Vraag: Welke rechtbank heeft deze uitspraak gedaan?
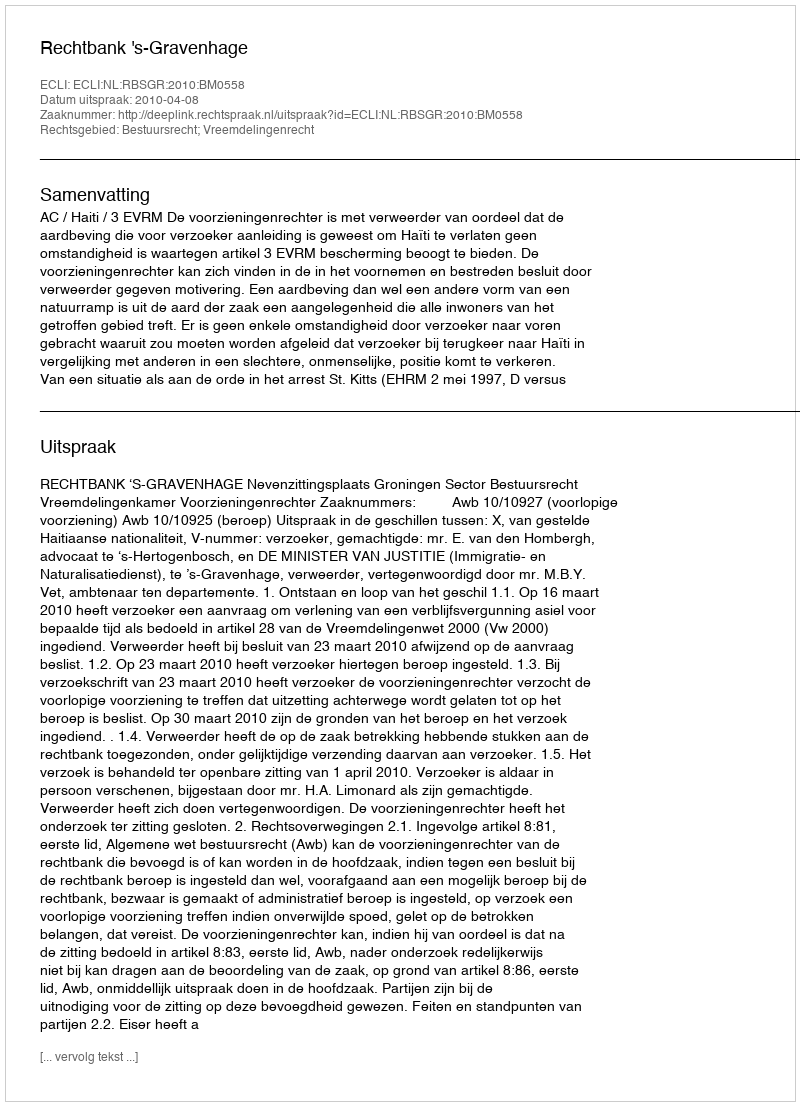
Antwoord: Rechtbank 's-Gravenhage